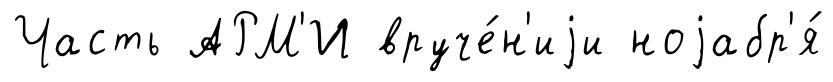
Часть АРМ'И вруче́н'иjи ноjабр'я́